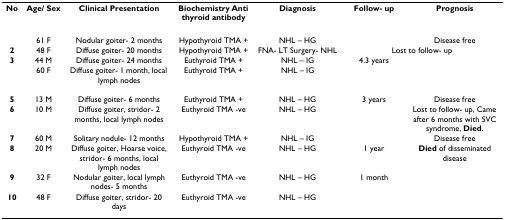
<table><thead><tr><td><b>No</b></td><td><b>Age/ Sex</b></td><td><b>Clinical Presentation</b></td><td><b>Biochemistry Anti thyroid antibody</b></td><td><b>Diagnosis</b></td><td><b>Follow- up</b></td><td><b>Prognosis</b></td></tr></thead><tbody><tr><td>[EMPTY_CELL]</td><td>61 F</td><td>Nodular goiter- 2 months</td><td>Hypothyroid TMA +</td><td>NHL – HG</td><td>[EMPTY_CELL]</td><td>Disease free</td></tr><tr><td><b>2</b></td><td>48 F</td><td>Diffuse goiter- 20 months</td><td>Hypothyroid TMA +</td><td>FNA- LT Surgery- NHL</td><td colspan="2">Lost to follow- up</td></tr><tr><td><b>3</b></td><td>44 M</td><td>Diffuse goiter- 24 months</td><td>Euthyroid TMA +</td><td>NHL – IG</td><td>4.3 years</td><td>[EMPTY_CELL]</td></tr><tr><td>[EMPTY_CELL]</td><td>60 F</td><td>Diffuse goiter- 1 month, local lymph nodes</td><td>Euthyroid TMA +</td><td>NHL – IG</td><td>[EMPTY_CELL]</td><td>[EMPTY_CELL]</td></tr><tr><td><b>5</b></td><td>13 M</td><td>Diffuse goiter- 6 months</td><td>Euthyroid TMA +</td><td>NHL – HG</td><td>3 years</td><td>Disease free</td></tr><tr><td><b>6</b></td><td>10 M</td><td>Diffuse goiter, stridor- 2 months, local lymph nodes</td><td>Euthyroid TMA -ve</td><td>NHL – HG</td><td>[EMPTY_CELL]</td><td>Lost to follow- up, Came after 6 months with SVC syndrome, <b>Died</b>.</td></tr><tr><td><b>7</b></td><td>60 M</td><td>Solitary nodule- 12 months</td><td>Hypothyroid TMA +</td><td>NHL – IG</td><td>[EMPTY_CELL]</td><td>Disease free</td></tr><tr><td><b>8</b></td><td>20 M</td><td>Diffuse goiter, Hoarse voice, stridor- 6 months, local lymph nodes</td><td>Euthyroid TMA -ve</td><td>NHL – HG</td><td>1 year</td><td><b>Died </b>of disseminated disease</td></tr><tr><td><b>9</b></td><td>32 F</td><td>Nodular goiter, local lymph nodes- 5 months</td><td>Euthyroid TMA -ve</td><td>NHL – HG</td><td>1 month</td><td>[EMPTY_CELL]</td></tr><tr><td><b>10</b></td><td>48 F</td><td>Diffuse goiter, stridor- 20 days</td><td>Euthyroid TMA -ve</td><td>NHL – HG</td><td colspan="2">[EMPTY_CELL]</td></tr></tbody></table>